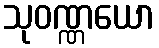
သုဝဏ္ဏယော